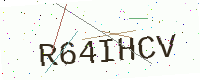
Text: R64IHCV